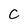
Character: C